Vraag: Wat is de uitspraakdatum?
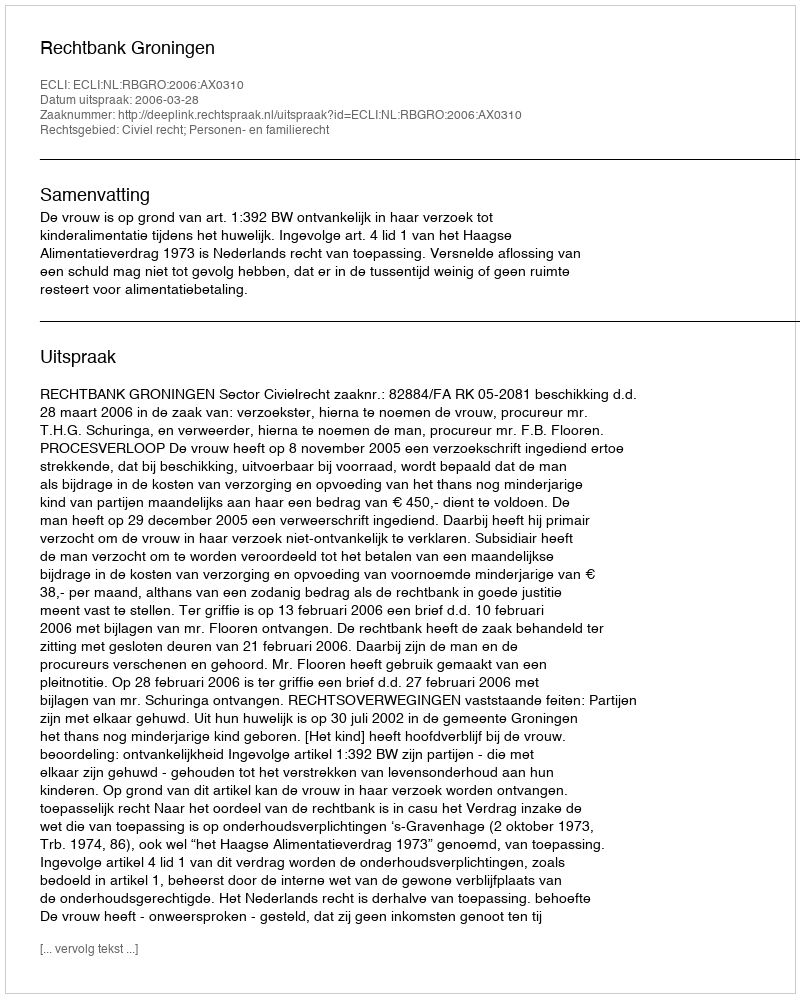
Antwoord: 2006-03-28